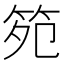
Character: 𮵯